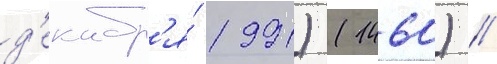
д'екабр'я́ 1991) (1460) /